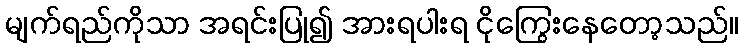
မျက်ရည်ကိုသာ အရင်းပြု၍ အားရပါးရ ငိုကြွေးနေတော့သည်။